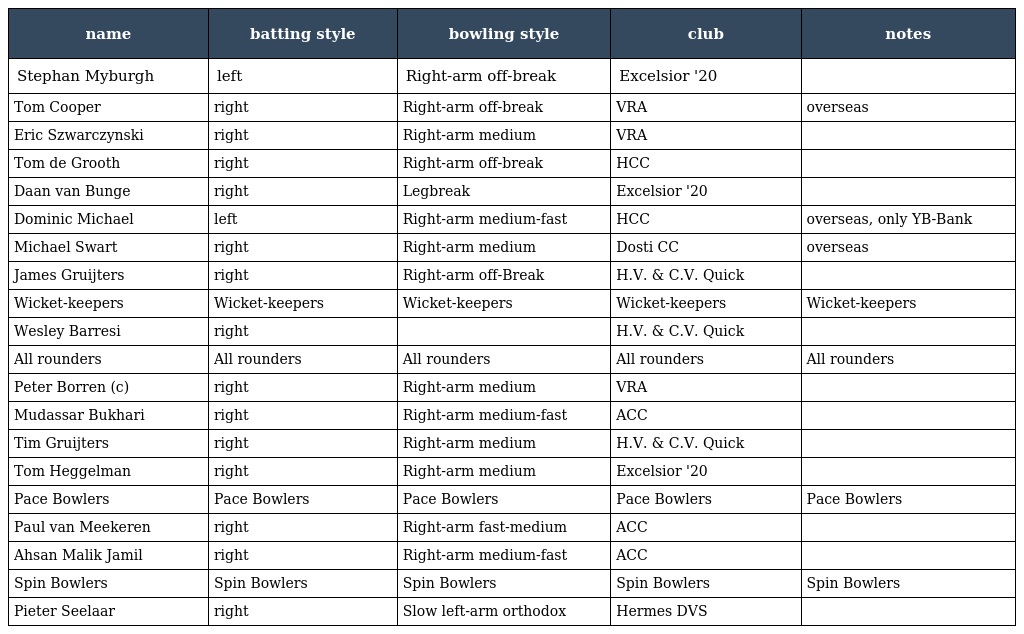
| name | batting style | bowling style | club | notes |
 | --- | --- | --- | --- | --- |
 | Stephan Myburgh | left | Right-arm off-break | Excelsior '20 |  |
 | Tom Cooper | right | Right-arm off-break | VRA | overseas |
 | Eric Szwarczynski | right | Right-arm medium | VRA |  |
 | Tom de Grooth | right | Right-arm off-break | HCC |  |
 | Daan van Bunge | right | Legbreak | Excelsior '20 |  |
 | Dominic Michael | left | Right-arm medium-fast | HCC | overseas, only YB-Bank |
 | Michael Swart | right | Right-arm medium | Dosti CC | overseas |
 | James Gruijters | right | Right-arm off-Break | H.V. & C.V. Quick |  |
 | Wicket-keepers | Wicket-keepers | Wicket-keepers | Wicket-keepers | Wicket-keepers |
 | Wesley Barresi | right |  | H.V. & C.V. Quick |  |
 | All rounders | All rounders | All rounders | All rounders | All rounders |
 | Peter Borren (c) | right | Right-arm medium | VRA |  |
 | Mudassar Bukhari | right | Right-arm medium-fast | ACC |  |
 | Tim Gruijters | right | Right-arm medium | H.V. & C.V. Quick |  |
 | Tom Heggelman | right | Right-arm medium | Excelsior '20 |  |
 | Pace Bowlers | Pace Bowlers | Pace Bowlers | Pace Bowlers | Pace Bowlers |
 | Paul van Meekeren | right | Right-arm fast-medium | ACC |  |
 | Ahsan Malik Jamil | right | Right-arm medium-fast | ACC |  |
 | Spin Bowlers | Spin Bowlers | Spin Bowlers | Spin Bowlers | Spin Bowlers |
 | Pieter Seelaar | right | Slow left-arm orthodox | Hermes DVS |  |